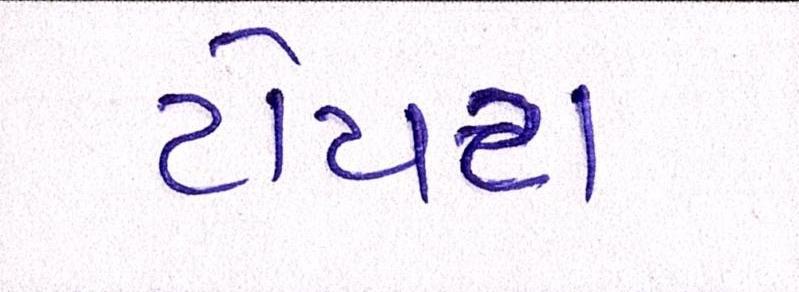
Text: ટોયટા